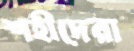
শহীদেরা